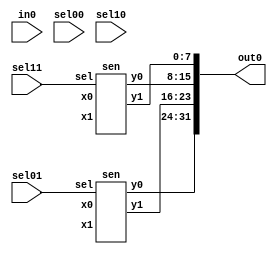
module cswitch(in0,out0, sel00,sel01,sel10,sel11);
    input [31:0] in0;
    input sel00,sel01,sel10,sel11;
    output [31:0] out0;
    wire sel00,sel01,sel10,sel11;
    wire [7:0] x00,x01,y00,y01;
    wire [7:0] x10,x11,y10,y11;
    wire [7:0] x20,x21,y20,y21;
    wire [7:0] x30,x31,y30,y31;
    assign x00 = in0[31:24];
    assign x01 = in0[23:16];
    assign x20 = in0[15:8];
    assign x21 = in0[7:0];
    assign y10 = out0[31:24];
    assign y11 = out0[23:16];
    assign y30 = out0[15:8];
    assign y31 = out0[7:0];
    sen sen0(x00,x01,y00,y01,sel00);
    sen sen1(x10,x11,y10,y11,sel01);
    sen sen2(x20,x21,y20,y21,sel10);
    sen sen3(x30,x31,y30,y31,sel11);
endmodule
module sen(x0,x1,y0,y1,sel);
    input [7:0] x0,x1;
    input sel;
    output [7:0] y0,y1;
endmodule